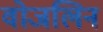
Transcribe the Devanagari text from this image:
वोजलिन